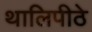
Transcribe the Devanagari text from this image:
थालिपीठे